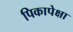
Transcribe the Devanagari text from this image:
पिकापेक्षा